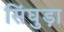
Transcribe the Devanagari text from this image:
सिंघुड़ा